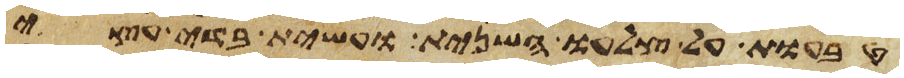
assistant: טבעות על צלעו השני ועשית בדי עצי